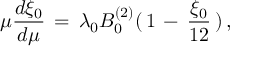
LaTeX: \mu { \frac { d \xi _ { 0 } } { d \mu } } \, = \, \lambda _ { 0 } B _ { 0 } ^ { ( 2 ) } ( \, 1 \, - \, { \frac { \xi _ { 0 } } { 1 2 } } \, ) \, ,